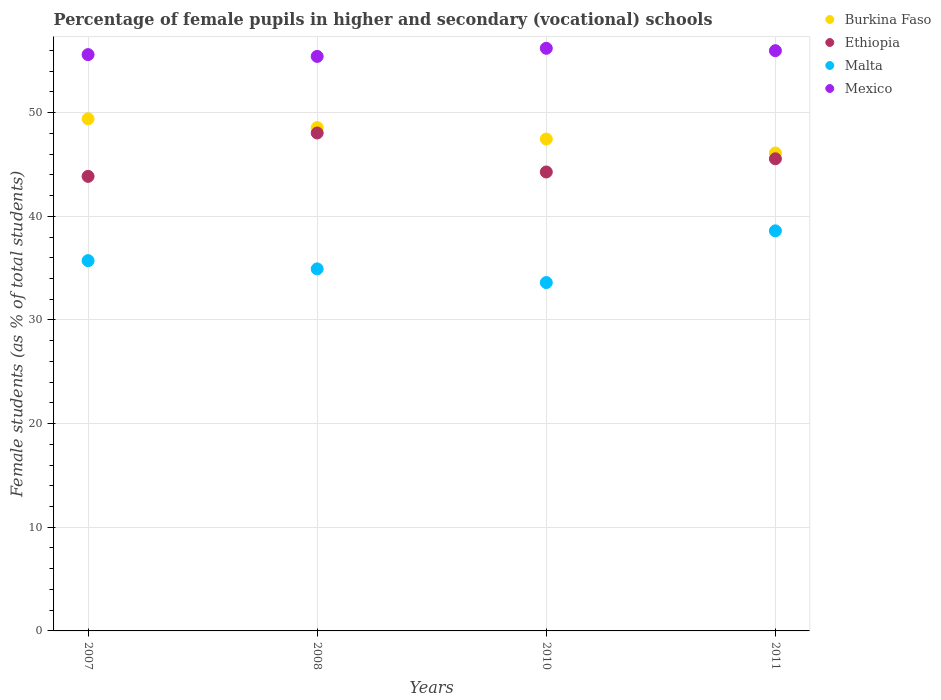
| Years | Burkina Faso | Ethiopia | Malta | Mexico |
 | --- | --- | --- | --- | --- |
 | 2007 | 49.4 | 43.9 | 35.7 | 55.6 |
 | 2008 | 48.6 | 48 | 34.9 | 55.4 |
 | 2010 | 47.5 | 44.3 | 33.6 | 56.2 |
 | 2011 | 46.1 | 45.6 | 38.6 | 56 |